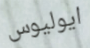
ايوليوس